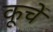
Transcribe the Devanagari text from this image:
कूचें